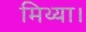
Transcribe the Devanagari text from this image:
मिथ्या।